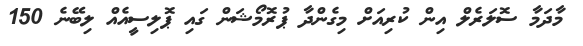
މާދަމާ ސޮލަރެލް އިން ކުރިއަށް މިގެންދާ ޕުރޮމޯޝަން ގައި ޕޮލިސީއެއް ލިބޭނެ 150